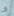
انا